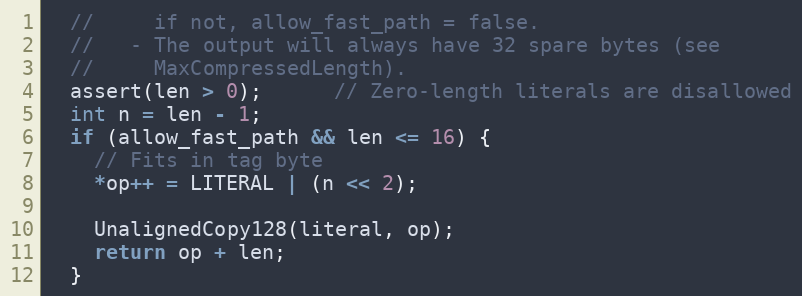
Language: C++
  //     if not, allow_fast_path = false.
  //   - The output will always have 32 spare bytes (see
  //     MaxCompressedLength).
  assert(len > 0);      // Zero-length literals are disallowed
  int n = len - 1;
  if (allow_fast_path && len <= 16) {
    // Fits in tag byte
    *op++ = LITERAL | (n << 2);

    UnalignedCopy128(literal, op);
    return op + len;
  }